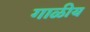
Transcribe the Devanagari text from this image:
गाळीय